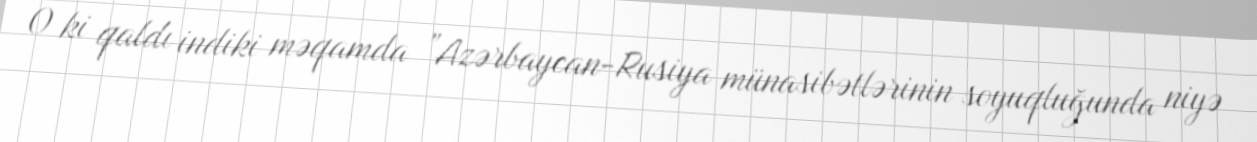
O ki qaldı indiki məqamda ”Azərbaycan-Rusiya münasibətlərinin soyuqluğunda niyə